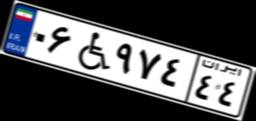
۴۰W۹۱۸۲۱